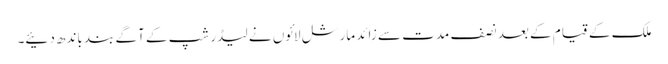
ملک کے قیام کے بعد نصف مدت سے زائد مارشل لائوں نے لیڈر شپ کے آگے بند باندھ دئیے۔